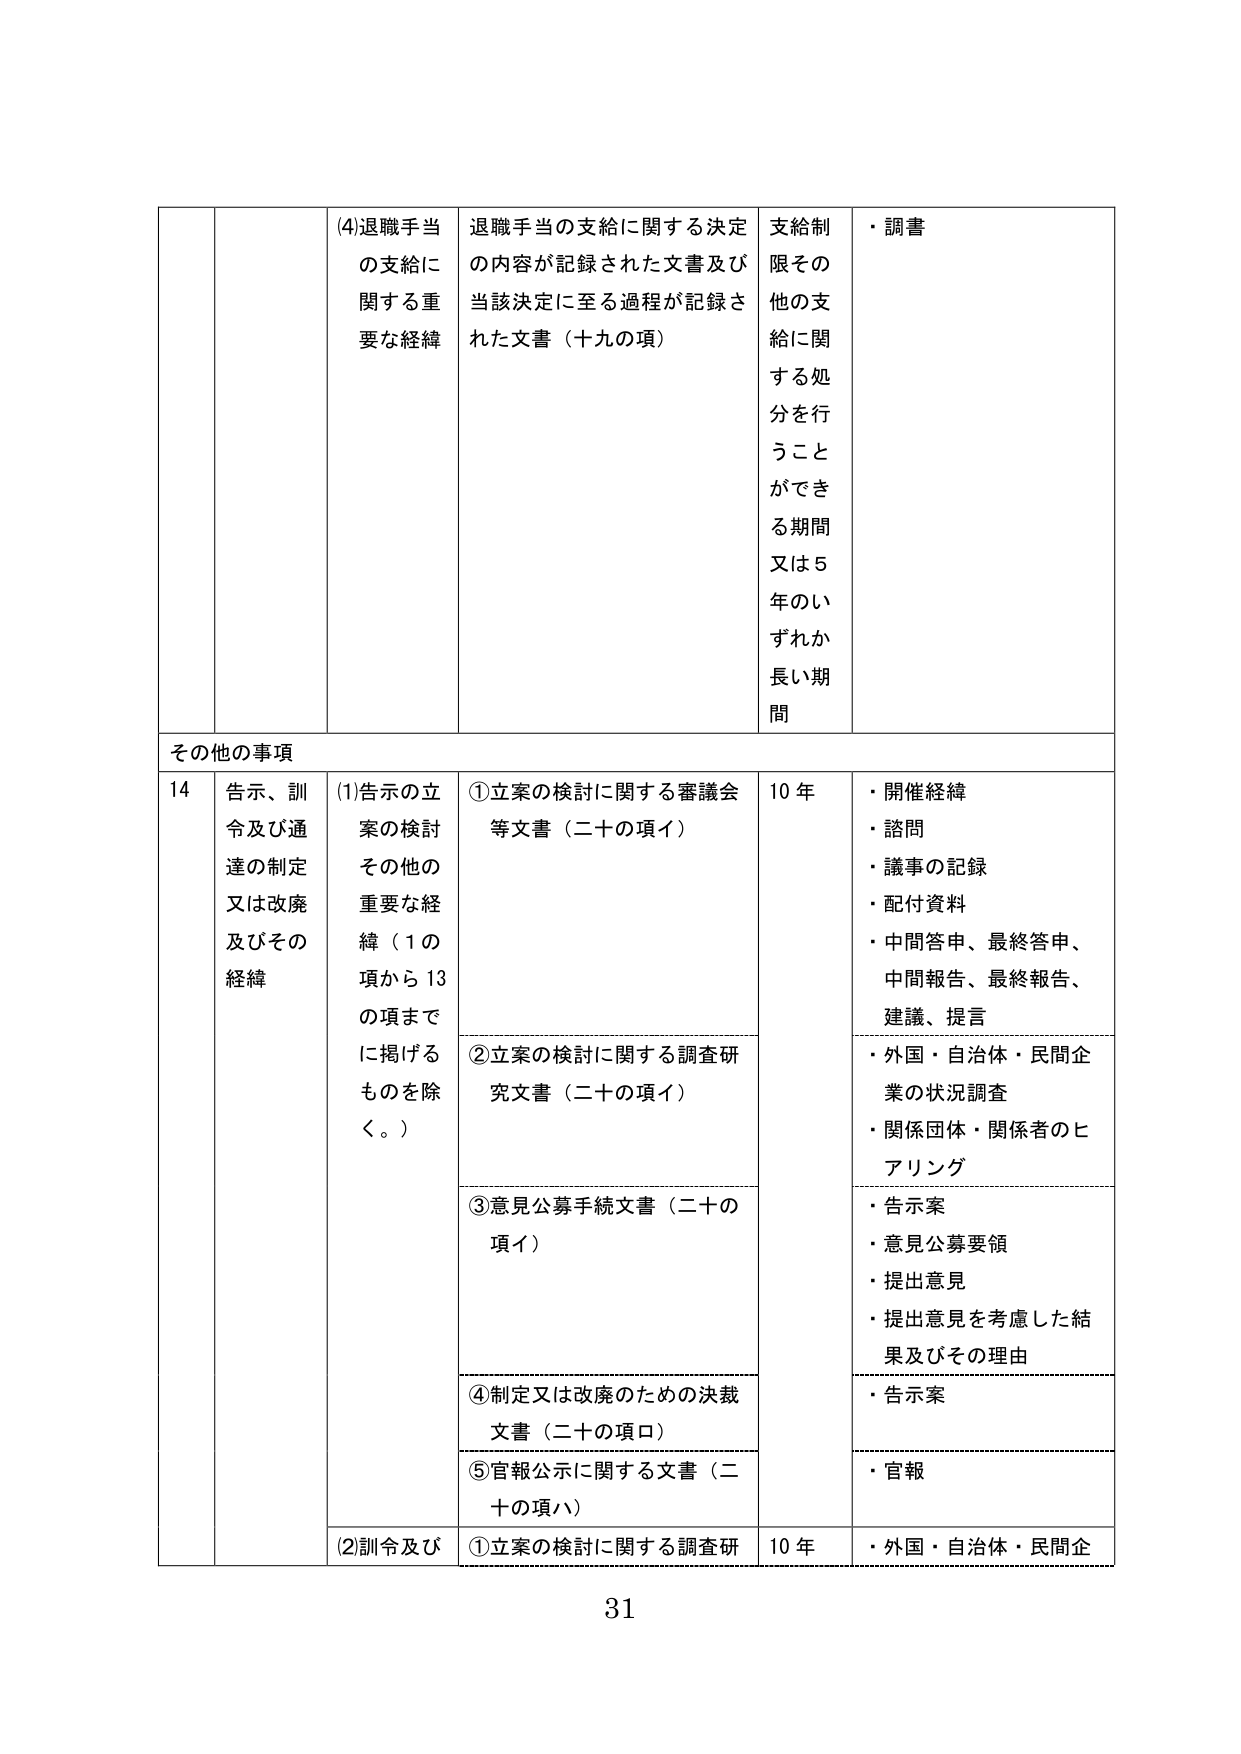
(4)退職手当
の支給に
関する重
要な経緯

退職手当の支給に関する決定
の内容が記録された文書及び
当該決定に至る過程が記録さ
れた文書（十九の項）

支給制
限その
他の支
給に関
する処
分を行
うこと
ができ
る期間
又は5
年のい
ずれか
長い期
間

・調書

その他の事項

14
告示、訓
令及び通
達の制定
又は改廃
及びその
経緯

(1)告示の立
案の検討
その他の
重要な経
緯（1の
項から13
の項まで
に掲げる
ものを除
く。）

①立案の検討に関する審議会
等文書（二十の項イ）

10年
・開催経緯
・諮問
・議事の記録
・配付資料
・中間答申、最終答申、
中間報告、最終報告、
建議、提言

②立案の検討に関する調査研
究文書（二十の項イ）

・外国・自治体・民間企
業の状況調査
・関係団体・関係者のヒ
アリング

③意見公募手続文書（二十の
項イ）

・告示案
・意見公募要領
・提出意見
・提出意見を考慮した結
果及びその理由

④制定又は改廃のための決裁
文書（二十の項ロ）

・告示案

⑤官報公示に関する文書（二
十の項ハ）

・官報

(2)訓令及び
①立案の検討に関する調査研
10年
・外国・自治体・民間企

31